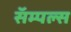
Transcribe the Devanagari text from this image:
सॅम्पल्स